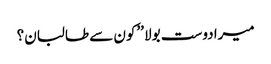
میرادوست بولا ’’کون سے طالبان؟